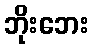
ဘိုးဘေး